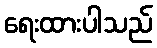
ရေးထားပါသည်